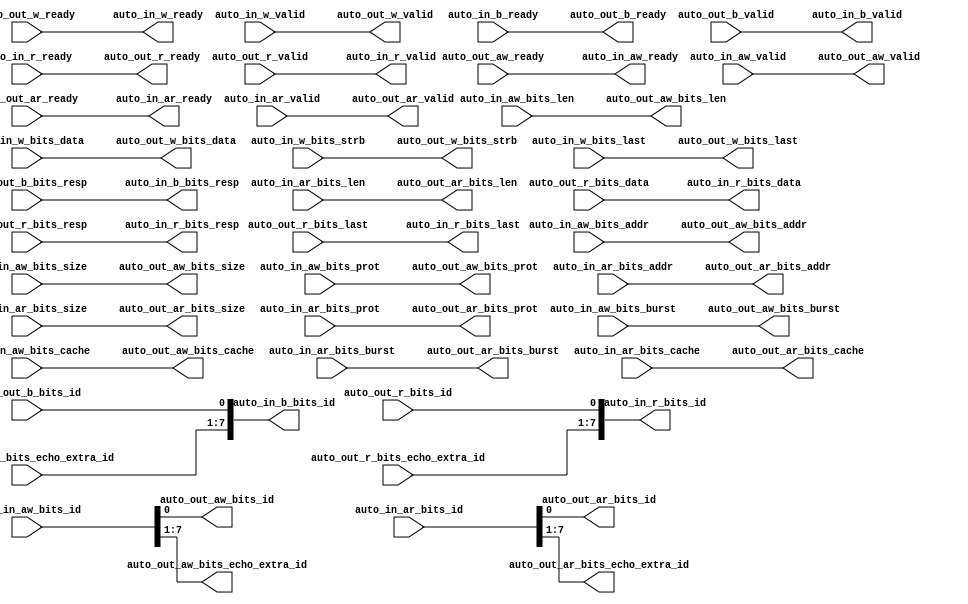
module AXI4IdIndexer_1( // @[:freechips.rocketchip.system.DefaultRV32Config.fir@41617.2]
  output        auto_in_aw_ready, // @[:freechips.rocketchip.system.DefaultRV32Config.fir@41620.4]
  input         auto_in_aw_valid, // @[:freechips.rocketchip.system.DefaultRV32Config.fir@41620.4]
  input  [7:0]  auto_in_aw_bits_id, // @[:freechips.rocketchip.system.DefaultRV32Config.fir@41620.4]
  input  [31:0] auto_in_aw_bits_addr, // @[:freechips.rocketchip.system.DefaultRV32Config.fir@41620.4]
  input  [7:0]  auto_in_aw_bits_len, // @[:freechips.rocketchip.system.DefaultRV32Config.fir@41620.4]
  input  [2:0]  auto_in_aw_bits_size, // @[:freechips.rocketchip.system.DefaultRV32Config.fir@41620.4]
  input  [1:0]  auto_in_aw_bits_burst, // @[:freechips.rocketchip.system.DefaultRV32Config.fir@41620.4]
  input  [3:0]  auto_in_aw_bits_cache, // @[:freechips.rocketchip.system.DefaultRV32Config.fir@41620.4]
  input  [2:0]  auto_in_aw_bits_prot, // @[:freechips.rocketchip.system.DefaultRV32Config.fir@41620.4]
  output        auto_in_w_ready, // @[:freechips.rocketchip.system.DefaultRV32Config.fir@41620.4]
  input         auto_in_w_valid, // @[:freechips.rocketchip.system.DefaultRV32Config.fir@41620.4]
  input  [63:0] auto_in_w_bits_data, // @[:freechips.rocketchip.system.DefaultRV32Config.fir@41620.4]
  input  [7:0]  auto_in_w_bits_strb, // @[:freechips.rocketchip.system.DefaultRV32Config.fir@41620.4]
  input         auto_in_w_bits_last, // @[:freechips.rocketchip.system.DefaultRV32Config.fir@41620.4]
  input         auto_in_b_ready, // @[:freechips.rocketchip.system.DefaultRV32Config.fir@41620.4]
  output        auto_in_b_valid, // @[:freechips.rocketchip.system.DefaultRV32Config.fir@41620.4]
  output [7:0]  auto_in_b_bits_id, // @[:freechips.rocketchip.system.DefaultRV32Config.fir@41620.4]
  output [1:0]  auto_in_b_bits_resp, // @[:freechips.rocketchip.system.DefaultRV32Config.fir@41620.4]
  output        auto_in_ar_ready, // @[:freechips.rocketchip.system.DefaultRV32Config.fir@41620.4]
  input         auto_in_ar_valid, // @[:freechips.rocketchip.system.DefaultRV32Config.fir@41620.4]
  input  [7:0]  auto_in_ar_bits_id, // @[:freechips.rocketchip.system.DefaultRV32Config.fir@41620.4]
  input  [31:0] auto_in_ar_bits_addr, // @[:freechips.rocketchip.system.DefaultRV32Config.fir@41620.4]
  input  [7:0]  auto_in_ar_bits_len, // @[:freechips.rocketchip.system.DefaultRV32Config.fir@41620.4]
  input  [2:0]  auto_in_ar_bits_size, // @[:freechips.rocketchip.system.DefaultRV32Config.fir@41620.4]
  input  [1:0]  auto_in_ar_bits_burst, // @[:freechips.rocketchip.system.DefaultRV32Config.fir@41620.4]
  input  [3:0]  auto_in_ar_bits_cache, // @[:freechips.rocketchip.system.DefaultRV32Config.fir@41620.4]
  input  [2:0]  auto_in_ar_bits_prot, // @[:freechips.rocketchip.system.DefaultRV32Config.fir@41620.4]
  input         auto_in_r_ready, // @[:freechips.rocketchip.system.DefaultRV32Config.fir@41620.4]
  output        auto_in_r_valid, // @[:freechips.rocketchip.system.DefaultRV32Config.fir@41620.4]
  output [7:0]  auto_in_r_bits_id, // @[:freechips.rocketchip.system.DefaultRV32Config.fir@41620.4]
  output [63:0] auto_in_r_bits_data, // @[:freechips.rocketchip.system.DefaultRV32Config.fir@41620.4]
  output [1:0]  auto_in_r_bits_resp, // @[:freechips.rocketchip.system.DefaultRV32Config.fir@41620.4]
  output        auto_in_r_bits_last, // @[:freechips.rocketchip.system.DefaultRV32Config.fir@41620.4]
  input         auto_out_aw_ready, // @[:freechips.rocketchip.system.DefaultRV32Config.fir@41620.4]
  output        auto_out_aw_valid, // @[:freechips.rocketchip.system.DefaultRV32Config.fir@41620.4]
  output        auto_out_aw_bits_id, // @[:freechips.rocketchip.system.DefaultRV32Config.fir@41620.4]
  output [31:0] auto_out_aw_bits_addr, // @[:freechips.rocketchip.system.DefaultRV32Config.fir@41620.4]
  output [7:0]  auto_out_aw_bits_len, // @[:freechips.rocketchip.system.DefaultRV32Config.fir@41620.4]
  output [2:0]  auto_out_aw_bits_size, // @[:freechips.rocketchip.system.DefaultRV32Config.fir@41620.4]
  output [1:0]  auto_out_aw_bits_burst, // @[:freechips.rocketchip.system.DefaultRV32Config.fir@41620.4]
  output [3:0]  auto_out_aw_bits_cache, // @[:freechips.rocketchip.system.DefaultRV32Config.fir@41620.4]
  output [2:0]  auto_out_aw_bits_prot, // @[:freechips.rocketchip.system.DefaultRV32Config.fir@41620.4]
  output [6:0]  auto_out_aw_bits_echo_extra_id, // @[:freechips.rocketchip.system.DefaultRV32Config.fir@41620.4]
  input         auto_out_w_ready, // @[:freechips.rocketchip.system.DefaultRV32Config.fir@41620.4]
  output        auto_out_w_valid, // @[:freechips.rocketchip.system.DefaultRV32Config.fir@41620.4]
  output [63:0] auto_out_w_bits_data, // @[:freechips.rocketchip.system.DefaultRV32Config.fir@41620.4]
  output [7:0]  auto_out_w_bits_strb, // @[:freechips.rocketchip.system.DefaultRV32Config.fir@41620.4]
  output        auto_out_w_bits_last, // @[:freechips.rocketchip.system.DefaultRV32Config.fir@41620.4]
  output        auto_out_b_ready, // @[:freechips.rocketchip.system.DefaultRV32Config.fir@41620.4]
  input         auto_out_b_valid, // @[:freechips.rocketchip.system.DefaultRV32Config.fir@41620.4]
  input         auto_out_b_bits_id, // @[:freechips.rocketchip.system.DefaultRV32Config.fir@41620.4]
  input  [1:0]  auto_out_b_bits_resp, // @[:freechips.rocketchip.system.DefaultRV32Config.fir@41620.4]
  input  [6:0]  auto_out_b_bits_echo_extra_id, // @[:freechips.rocketchip.system.DefaultRV32Config.fir@41620.4]
  input         auto_out_ar_ready, // @[:freechips.rocketchip.system.DefaultRV32Config.fir@41620.4]
  output        auto_out_ar_valid, // @[:freechips.rocketchip.system.DefaultRV32Config.fir@41620.4]
  output        auto_out_ar_bits_id, // @[:freechips.rocketchip.system.DefaultRV32Config.fir@41620.4]
  output [31:0] auto_out_ar_bits_addr, // @[:freechips.rocketchip.system.DefaultRV32Config.fir@41620.4]
  output [7:0]  auto_out_ar_bits_len, // @[:freechips.rocketchip.system.DefaultRV32Config.fir@41620.4]
  output [2:0]  auto_out_ar_bits_size, // @[:freechips.rocketchip.system.DefaultRV32Config.fir@41620.4]
  output [1:0]  auto_out_ar_bits_burst, // @[:freechips.rocketchip.system.DefaultRV32Config.fir@41620.4]
  output [3:0]  auto_out_ar_bits_cache, // @[:freechips.rocketchip.system.DefaultRV32Config.fir@41620.4]
  output [2:0]  auto_out_ar_bits_prot, // @[:freechips.rocketchip.system.DefaultRV32Config.fir@41620.4]
  output [6:0]  auto_out_ar_bits_echo_extra_id, // @[:freechips.rocketchip.system.DefaultRV32Config.fir@41620.4]
  output        auto_out_r_ready, // @[:freechips.rocketchip.system.DefaultRV32Config.fir@41620.4]
  input         auto_out_r_valid, // @[:freechips.rocketchip.system.DefaultRV32Config.fir@41620.4]
  input         auto_out_r_bits_id, // @[:freechips.rocketchip.system.DefaultRV32Config.fir@41620.4]
  input  [63:0] auto_out_r_bits_data, // @[:freechips.rocketchip.system.DefaultRV32Config.fir@41620.4]
  input  [1:0]  auto_out_r_bits_resp, // @[:freechips.rocketchip.system.DefaultRV32Config.fir@41620.4]
  input  [6:0]  auto_out_r_bits_echo_extra_id, // @[:freechips.rocketchip.system.DefaultRV32Config.fir@41620.4]
  input         auto_out_r_bits_last // @[:freechips.rocketchip.system.DefaultRV32Config.fir@41620.4]
);
  assign auto_in_aw_ready = auto_out_aw_ready; // @[LazyModule.scala 303:16:freechips.rocketchip.system.DefaultRV32Config.fir@41630.4]
  assign auto_in_w_ready = auto_out_w_ready; // @[LazyModule.scala 303:16:freechips.rocketchip.system.DefaultRV32Config.fir@41630.4]
  assign auto_in_b_valid = auto_out_b_valid; // @[LazyModule.scala 303:16:freechips.rocketchip.system.DefaultRV32Config.fir@41630.4]
  assign auto_in_b_bits_id = {auto_out_b_bits_echo_extra_id,auto_out_b_bits_id}; // @[LazyModule.scala 303:16:freechips.rocketchip.system.DefaultRV32Config.fir@41630.4]
  assign auto_in_b_bits_resp = auto_out_b_bits_resp; // @[LazyModule.scala 303:16:freechips.rocketchip.system.DefaultRV32Config.fir@41630.4]
  assign auto_in_ar_ready = auto_out_ar_ready; // @[LazyModule.scala 303:16:freechips.rocketchip.system.DefaultRV32Config.fir@41630.4]
  assign auto_in_r_valid = auto_out_r_valid; // @[LazyModule.scala 303:16:freechips.rocketchip.system.DefaultRV32Config.fir@41630.4]
  assign auto_in_r_bits_id = {auto_out_r_bits_echo_extra_id,auto_out_r_bits_id}; // @[LazyModule.scala 303:16:freechips.rocketchip.system.DefaultRV32Config.fir@41630.4]
  assign auto_in_r_bits_data = auto_out_r_bits_data; // @[LazyModule.scala 303:16:freechips.rocketchip.system.DefaultRV32Config.fir@41630.4]
  assign auto_in_r_bits_resp = auto_out_r_bits_resp; // @[LazyModule.scala 303:16:freechips.rocketchip.system.DefaultRV32Config.fir@41630.4]
  assign auto_in_r_bits_last = auto_out_r_bits_last; // @[LazyModule.scala 303:16:freechips.rocketchip.system.DefaultRV32Config.fir@41630.4]
  assign auto_out_aw_valid = auto_in_aw_valid; // @[LazyModule.scala 305:12:freechips.rocketchip.system.DefaultRV32Config.fir@41629.4]
  assign auto_out_aw_bits_id = auto_in_aw_bits_id[0]; // @[LazyModule.scala 305:12:freechips.rocketchip.system.DefaultRV32Config.fir@41629.4]
  assign auto_out_aw_bits_addr = auto_in_aw_bits_addr; // @[LazyModule.scala 305:12:freechips.rocketchip.system.DefaultRV32Config.fir@41629.4]
  assign auto_out_aw_bits_len = auto_in_aw_bits_len; // @[LazyModule.scala 305:12:freechips.rocketchip.system.DefaultRV32Config.fir@41629.4]
  assign auto_out_aw_bits_size = auto_in_aw_bits_size; // @[LazyModule.scala 305:12:freechips.rocketchip.system.DefaultRV32Config.fir@41629.4]
  assign auto_out_aw_bits_burst = auto_in_aw_bits_burst; // @[LazyModule.scala 305:12:freechips.rocketchip.system.DefaultRV32Config.fir@41629.4]
  assign auto_out_aw_bits_cache = auto_in_aw_bits_cache; // @[LazyModule.scala 305:12:freechips.rocketchip.system.DefaultRV32Config.fir@41629.4]
  assign auto_out_aw_bits_prot = auto_in_aw_bits_prot; // @[LazyModule.scala 305:12:freechips.rocketchip.system.DefaultRV32Config.fir@41629.4]
  assign auto_out_aw_bits_echo_extra_id = auto_in_aw_bits_id[7:1]; // @[LazyModule.scala 305:12:freechips.rocketchip.system.DefaultRV32Config.fir@41629.4]
  assign auto_out_w_valid = auto_in_w_valid; // @[LazyModule.scala 305:12:freechips.rocketchip.system.DefaultRV32Config.fir@41629.4]
  assign auto_out_w_bits_data = auto_in_w_bits_data; // @[LazyModule.scala 305:12:freechips.rocketchip.system.DefaultRV32Config.fir@41629.4]
  assign auto_out_w_bits_strb = auto_in_w_bits_strb; // @[LazyModule.scala 305:12:freechips.rocketchip.system.DefaultRV32Config.fir@41629.4]
  assign auto_out_w_bits_last = auto_in_w_bits_last; // @[LazyModule.scala 305:12:freechips.rocketchip.system.DefaultRV32Config.fir@41629.4]
  assign auto_out_b_ready = auto_in_b_ready; // @[LazyModule.scala 305:12:freechips.rocketchip.system.DefaultRV32Config.fir@41629.4]
  assign auto_out_ar_valid = auto_in_ar_valid; // @[LazyModule.scala 305:12:freechips.rocketchip.system.DefaultRV32Config.fir@41629.4]
  assign auto_out_ar_bits_id = auto_in_ar_bits_id[0]; // @[LazyModule.scala 305:12:freechips.rocketchip.system.DefaultRV32Config.fir@41629.4]
  assign auto_out_ar_bits_addr = auto_in_ar_bits_addr; // @[LazyModule.scala 305:12:freechips.rocketchip.system.DefaultRV32Config.fir@41629.4]
  assign auto_out_ar_bits_len = auto_in_ar_bits_len; // @[LazyModule.scala 305:12:freechips.rocketchip.system.DefaultRV32Config.fir@41629.4]
  assign auto_out_ar_bits_size = auto_in_ar_bits_size; // @[LazyModule.scala 305:12:freechips.rocketchip.system.DefaultRV32Config.fir@41629.4]
  assign auto_out_ar_bits_burst = auto_in_ar_bits_burst; // @[LazyModule.scala 305:12:freechips.rocketchip.system.DefaultRV32Config.fir@41629.4]
  assign auto_out_ar_bits_cache = auto_in_ar_bits_cache; // @[LazyModule.scala 305:12:freechips.rocketchip.system.DefaultRV32Config.fir@41629.4]
  assign auto_out_ar_bits_prot = auto_in_ar_bits_prot; // @[LazyModule.scala 305:12:freechips.rocketchip.system.DefaultRV32Config.fir@41629.4]
  assign auto_out_ar_bits_echo_extra_id = auto_in_ar_bits_id[7:1]; // @[LazyModule.scala 305:12:freechips.rocketchip.system.DefaultRV32Config.fir@41629.4]
  assign auto_out_r_ready = auto_in_r_ready; // @[LazyModule.scala 305:12:freechips.rocketchip.system.DefaultRV32Config.fir@41629.4]
endmodule